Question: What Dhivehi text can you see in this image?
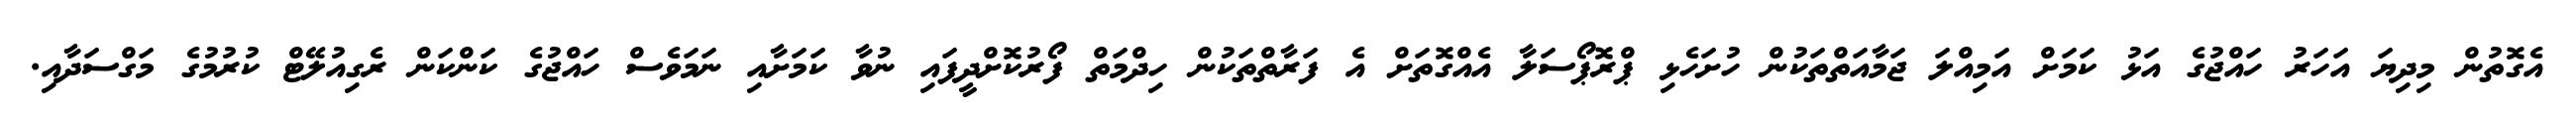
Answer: އެގޮތުން މިދިޔަ އަހަރު ހައްޖުގެ އަޅު ކަމަށް އަމިއްލަ ޖަމާއަތްތަކުން ހުށަހެޅި ޕްރޮޕޯސަލާ އެއްގޮތަށް އެ ފަރާތްތަކުން ހިދްމަތް ފޯރުކޮށްދީފައި ނުވާ ކަމަށާއި ނަމަވެސް ހައްޖުގެ ކަންކަން ރެގިއުލޭޓް ކުރުމުގެ މަގްސަދާއި.